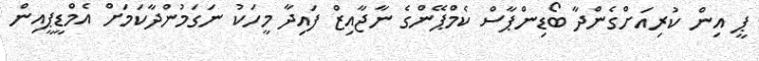
ޕީ އިން ކުރިއަށްގެންދާ ބޯޑިންޕާސް ކެމްޕޭންގެ ނާޖާއިޒް ފައިދާ މީހަކު ނަގަމުންދާކަމަށް އެމްޑީޕީއިން